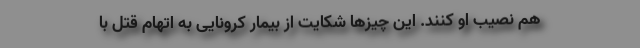
هم نصیب او کنند. این چیزها شکایت از بیمار کرونایی به اتهام قتل با